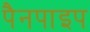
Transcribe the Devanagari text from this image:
पैनपाइप